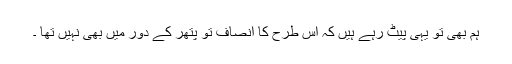
ہم بھی تو یہی پیٹ رہے ہیں کہ اس طرح کا انصاف تو پتھر کے دور میں بھی نہیں تھا ۔